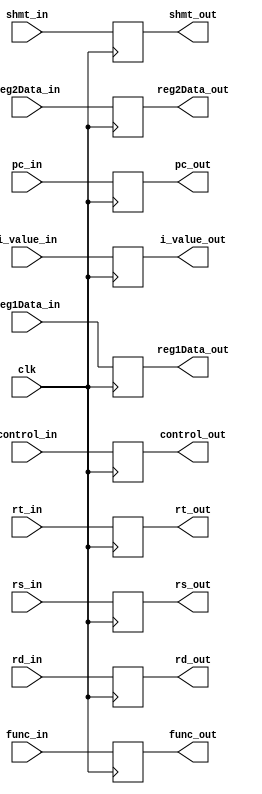
module Reg_id_ex(control_out,reg1Data_out,reg2Data_out,i_value_out,shmt_out,rt_out,rd_out,rs_out,func_out,pc_out,
                 control_in,reg1Data_in,reg2Data_in,shmt_in,i_value_in,rt_in,rd_in,rs_in,func_in,pc_in,clk);
    output reg [10:0] control_out;
    output reg [31:0] reg1Data_out;
    output reg [31:0] reg2Data_out;
    output reg [31:0] i_value_out;
    output reg [4:0] shmt_out;
    output reg [4:0] rt_out;
    output reg [4:0] rd_out;
    output reg [4:0] rs_out;
    output reg [5:0] func_out;
    output reg [14:0] pc_out;
    input wire [14:0] pc_in;
    input wire [10:0] control_in;
    input wire [31:0] reg1Data_in;
    input wire [31:0] reg2Data_in;
    input wire [31:0] i_value_in;
    input wire [4:0] shmt_in;
    input wire [4:0] rt_in;
    input wire [4:0] rd_in;
    input wire [4:0] rs_in;
    input wire [5:0] func_in;
    input wire clk;

    always @(posedge clk)begin
        control_out <= control_in;
        reg1Data_out <= reg1Data_in;
        reg2Data_out <= reg2Data_in;
        shmt_out <= shmt_in;
        i_value_out <= i_value_in;
        rt_out <= rt_in;
        rd_out <= rd_in;
        rs_out <= rs_in;
        func_out <= func_in;
        pc_out <= pc_in;
    end

endmodule